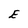
Character: E